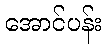
အောင်ပန်း